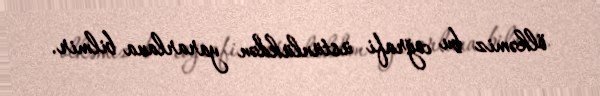
ölkəmiz bu coğrafi üstünlükdən yararlana bilmir.